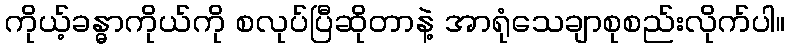
ကိုယ့်ခန္ဓာကိုယ်ကို စလုပ်ပြီဆိုတာနဲ့ အာရုံသေချာစုစည်းလိုက်ပါ။